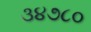
૩૪૭૮૦